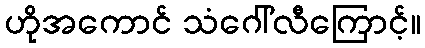
ဟိုအကောင် သံဂေါ်လီကြောင့်။